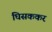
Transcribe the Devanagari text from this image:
घिसककर